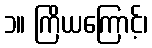
၁။ ကြိယကြောင့်၊